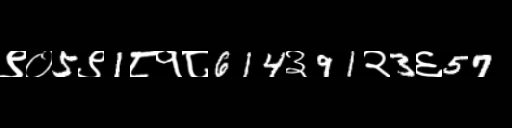
Text: ९०5९1८१८614३91२3६57